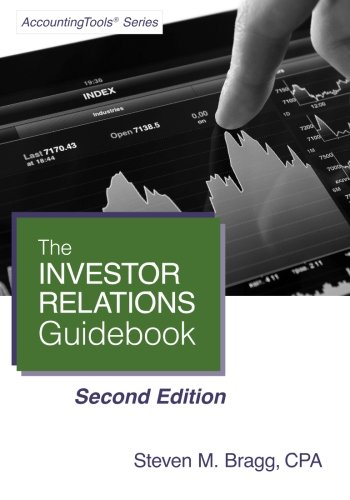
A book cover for Investor Relations Guidebook: Second Edition; Steven M. Bragg; Business & Money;